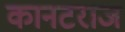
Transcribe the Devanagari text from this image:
कानटराज